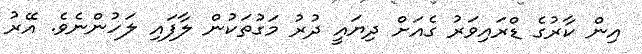
އިން ކާރުގެ ޑްރައިވަރު ގެއަށް ދިޔައީ ދުރު މަގުތަކުން ލާފައި ލަހުންނެވެ. އޭރު